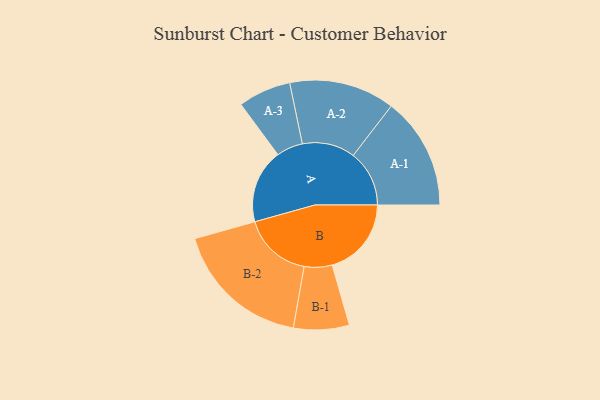
{"axis": {"x": "Segment", "y": "Value"}, "legend": ["", "A", "B"], "data": [{"x": "A", "y": 317, "type": ""}, {"x": "B", "y": 339, "type": ""}, {"x": "A-1", "y": 240, "type": "A"}, {"x": "A-2", "y": 226, "type": "A"}, {"x": "A-3", "y": 113, "type": "A"}, {"x": "B-1", "y": 119, "type": "B"}, {"x": "B-2", "y": 295, "type": "B"}]}